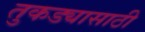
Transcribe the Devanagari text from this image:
तुकड्यासाठी